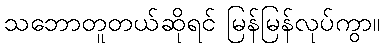
သဘောတူတယ်ဆိုရင် မြန်မြန်လုပ်ကွာ။